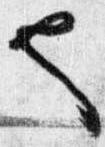
也